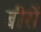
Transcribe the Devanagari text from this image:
बीरों